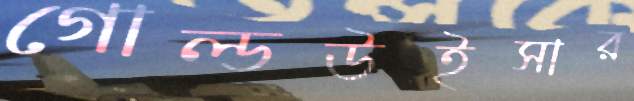
গোল্ডউইসার